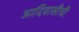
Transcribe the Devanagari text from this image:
आदिवासीची